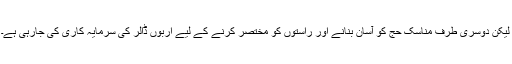
لیکن دوسری طرف مناسک حج کو آسان بنانے اور راستوں کو مختصر کرنے کے لیے اربوں ڈالر کی سرمایہ کاری کی جارہی ہے۔